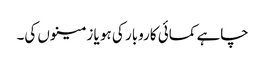
چاہے کمائی کاروبار کی ہو یا زمینوں کی۔